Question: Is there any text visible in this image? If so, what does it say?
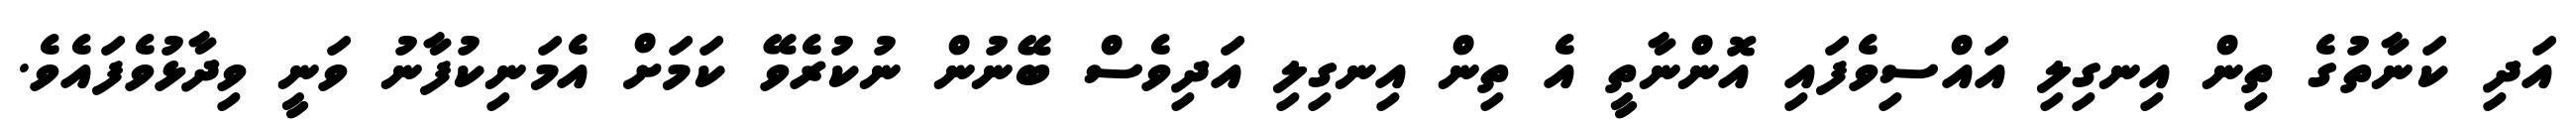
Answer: އަދި ކަނާތުގެ ތިން އިނގިލި އައްސިވެފައި އޮންނާތީ އެ ތިން އިނގިލި އަދިވެސް ބޭނުން ނުކުރެވޭ ކަމަށް އެމަނިކުފާނު ވަނީ ވިދާޅުވެފައެވެ.